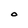
Character: O